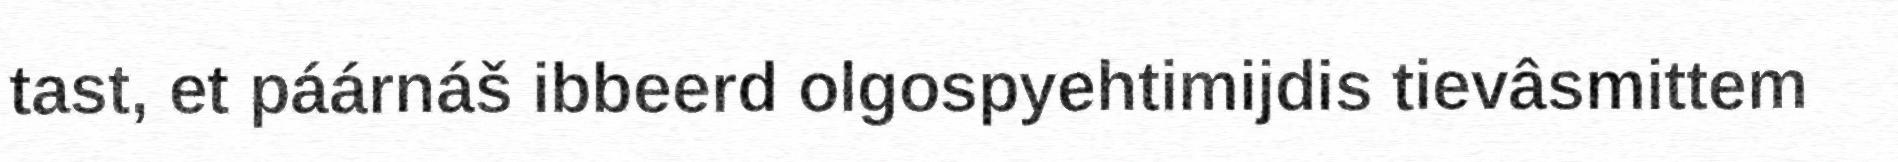
tast, et páárnáš ibbeerd olgospyehtimijdis tievâsmittem